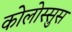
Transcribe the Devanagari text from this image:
कोलोस्सुस